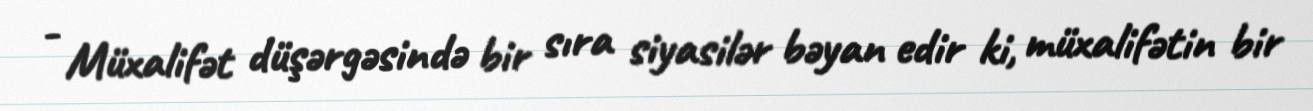
- Müxalifət düşərgəsində bir sıra siyasilər bəyan edir ki, müxalifətin bir